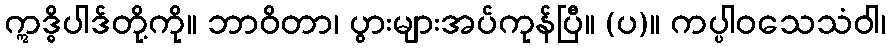
ဣဒ္ဓိပါဒ်တို့ကို။ ဘာဝိတာ၊ ပွားများအပ်ကုန်ပြီ။ (ပ)။ ကပ္ပါဝသေသံဝါ၊